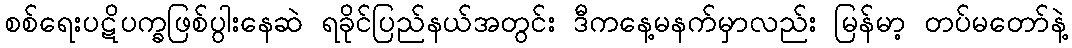
စစ်ရေးပဋိပက္ခဖြစ်ပွါးနေဆဲ ရခိုင်ပြည်နယ်အတွင်း ဒီကနေ့မနက်မှာလည်း မြန်မာ့ တပ်မတော်နဲ့